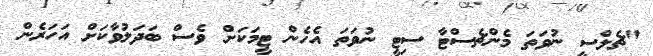
"ޗެލްސީ ނުވަތަ މެންޗެސްޓާ ސިޓީ ނުވަތަ އެހެން ޓީމަކަށް ވެސް ބަދަލުވާކަށް އަހަރެން